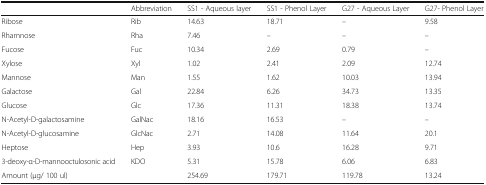
<table><thead><tr><td></td><td><b>Abbreviation</b></td><td><b>SS1 - Aqueous layer</b></td><td><b>SS1 - Phenol Layer</b></td><td><b>G27 - Aqueous Layer</b></td><td><b>G27- Phenol Layer</b></td></tr></thead><tbody><tr><td>Ribose</td><td>Rib</td><td>14.63</td><td>18.71</td><td>–</td><td>9.58</td></tr><tr><td>Rhamnose</td><td>Rha</td><td>7.46</td><td>–</td><td>–</td><td>–</td></tr><tr><td>Fucose</td><td>Fuc</td><td>10.34</td><td>2.69</td><td>0.79</td><td>–</td></tr><tr><td>Xylose</td><td>Xyl</td><td>1.02</td><td>2.41</td><td>2.09</td><td>12.74</td></tr><tr><td>Mannose</td><td>Man</td><td>1.55</td><td>1.62</td><td>10.03</td><td>13.94</td></tr><tr><td>Galactose</td><td>Gal</td><td>22.84</td><td>6.26</td><td>34.73</td><td>13.35</td></tr><tr><td>Glucose</td><td>Glc</td><td>17.36</td><td>11.31</td><td>18.38</td><td>13.74</td></tr><tr><td>N-Acetyl-D-galactosamine</td><td>GalNac</td><td>18.16</td><td>16.53</td><td>–</td><td>–</td></tr><tr><td>N-Acetyl-D-glucosamine</td><td>GlcNac</td><td>2.71</td><td>14.08</td><td>11.64</td><td>20.1</td></tr><tr><td>Heptose</td><td>Hep</td><td>3.93</td><td>10.6</td><td>16.28</td><td>9.71</td></tr><tr><td>3-deoxy-α-D-mannooctulosonic acid</td><td>KDO</td><td>5.31</td><td>15.78</td><td>6.06</td><td>6.83</td></tr><tr><td>Amount (μg/ 100 ul)</td><td></td><td>254.69</td><td>179.71</td><td>119.78</td><td>13.24</td></tr></tbody></table>